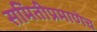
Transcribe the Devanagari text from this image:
समितीप्रमाणेच